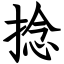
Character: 捻